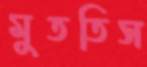
মুততিস